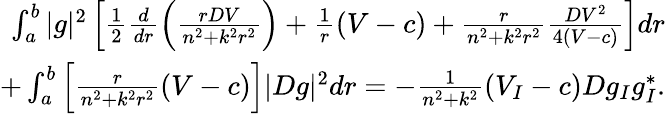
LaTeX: \begin{array}{r}{\int_{a}^{b}|g|^{2}\left[\frac{1}{2}\frac{d}{dr}\left(\frac{rDV}{n^{2}+k^{2}r^{2}}\right)+\frac{1}{r}(V-c)+\frac{r}{n^{2}+k^{2}r^{2}}\frac{DV^{2}}{4(V-c)}\right]dr}\\ {+\int_{a}^{b}\left[\frac{r}{n^{2}+k^{2}r^{2}}(V-c)\right]|Dg|^{2}dr=-\frac{1}{n^{2}+k^{2}}(V_{I}-c)Dg_{I}g_{I}^{*}.}\end{array}